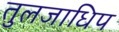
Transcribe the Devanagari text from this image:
तुलजाधिप